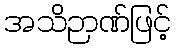
အသိဉာဏ်ဖြင့်